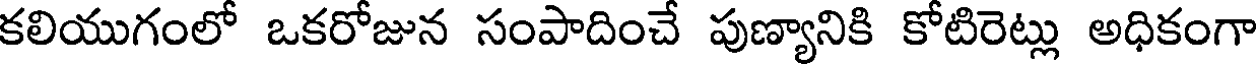
కలియుగంలో ఒకరోజున సంపాదించే పుణ్యానికి కోటిరెట్లు అధికంగా